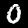
Digit: 0